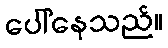
ပေါ်နေသည်။